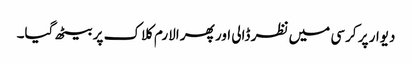
دیوار پر کرسی میں نظر ڈالی اور پھر الارم کلاک پر بیٹھ گیا۔